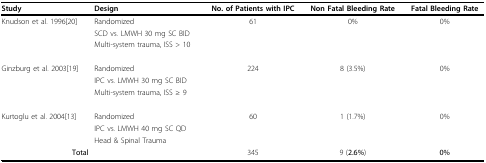
<table><thead><tr><td><b>Study</b></td><td><b>Design</b></td><td><b>No. of Patients with IPC</b></td><td><b>Non Fatal Bleeding Rate</b></td><td><b>Fatal Bleeding Rate</b></td></tr></thead><tbody><tr><td>Knudson et al. 1996[20]</td><td>Randomized</td><td>61</td><td>0%</td><td>0%</td></tr><tr><td></td><td>SCD vs. LMWH 30 mg SC BID</td><td></td><td></td><td></td></tr><tr><td></td><td>Multi-system trauma, ISS &gt; 10</td><td></td><td></td><td></td></tr><tr><td>Ginzburg et al. 2003[19]</td><td>Randomized</td><td>224</td><td>8 (3.5%)</td><td>0%</td></tr><tr><td></td><td>IPC vs. LMWH 30 mg SC BID</td><td></td><td></td><td></td></tr><tr><td></td><td>Multi-system trauma, ISS ≥ 9</td><td></td><td></td><td></td></tr><tr><td>Kurtoglu et al. 2004[13]</td><td>Randomized</td><td>60</td><td>1 (1.7%)</td><td>0%</td></tr><tr><td></td><td>IPC vs. LMWH 40 mg SC QD</td><td></td><td></td><td></td></tr><tr><td></td><td>Head &amp; Spinal Trauma</td><td></td><td></td><td></td></tr><tr><td><b>Total</b></td><td></td><td>345</td><td>9 (<b>2.6%</b>)</td><td><b>0%</b></td></tr></tbody></table>